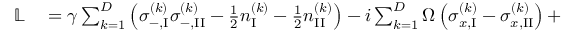
\begin{array} { r l } { \mathbb { L } } & { { } = \gamma \sum _ { k = 1 } ^ { D } \left( \sigma _ { - , \mathrm { I } } ^ { ( k ) } \sigma _ { - , \mathrm { I I } } ^ { ( k ) } - \frac { 1 } { 2 } { n } _ { \mathrm { I } } ^ { ( k ) } - \frac { 1 } { 2 } { n } _ { \mathrm { I I } } ^ { ( k ) } \right) - i \sum _ { k = 1 } ^ { D } \Omega \left( \sigma _ { x , \mathrm { I } } ^ { ( k ) } - \sigma _ { x , \mathrm { I I } } ^ { ( k ) } \right) + \, } \end{array}